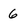
Character: 6